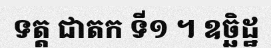
ទត្ត ជាតក ទី១ ។ ឧច្ឆិដ្ឋ